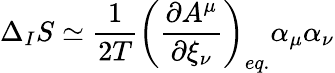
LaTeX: \Delta_{I}S\simeq\frac{1}{2T}\left(\frac{\partial A^{\mu}}{\partial{\xi}_{\nu}}\right)_{eq.}\alpha_{\mu}\alpha_{\nu}